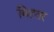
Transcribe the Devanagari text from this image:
मिहतर